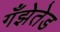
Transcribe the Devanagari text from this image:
गँझेतेड